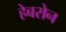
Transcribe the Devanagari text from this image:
हेबरोन